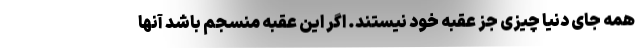
همه جای دنیا چیزی جز عقبه خود نیستند. اگر این عقبه منسجم باشد آنها